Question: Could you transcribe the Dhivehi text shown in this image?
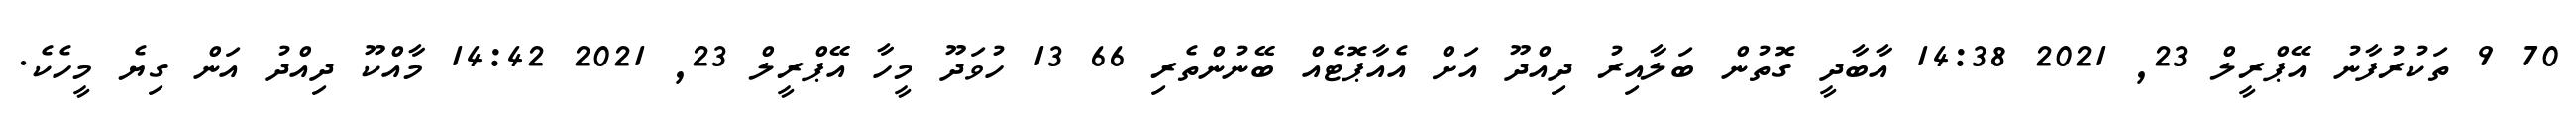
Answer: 70 9 ތަކުރުފާނު އޭޕްރީލް 23, 2021 14:38 އާބާދީ ގޮތުން ބަލާއިރު ދިއްދޫ އަށް އެއާޕޮޓެއް ބޭނުންތެރި 66 13 ހުވަދޫ މީހާ އޭޕްރީލް 23, 2021 14:42 މާއްކޫ ދިއްދު އަން ގިޔެ މީހެކެ.